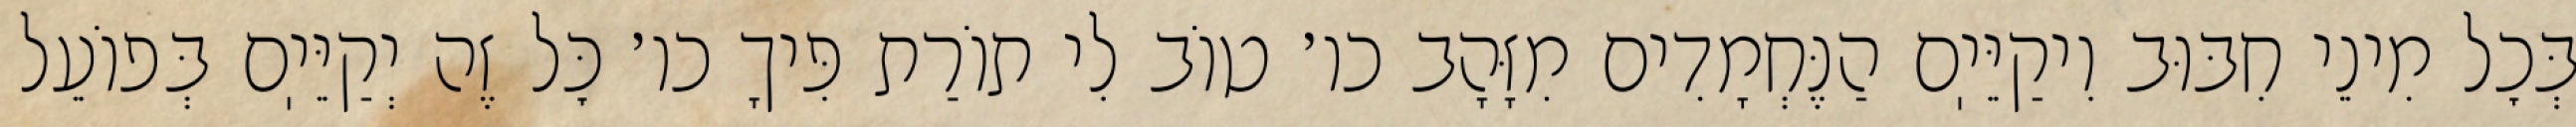
בְּכׇל מִינֵי חִבּוּב וִיקַיֵּיֽם הַנֶּחְמָדִים מִזָּהָב כו׳ טוֹב לִי תוֹרַת פִּיךָ כו׳ כׇּל זֶה יְקַיֵּיֽם בְּפוֹעֵל